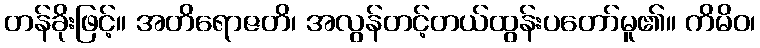
တန်ခိုးဖြင့်။ အတိရောဇတိ၊ အလွန်တင့်တယ်ထွန်းပတော်မူ၏။ ကိမိဝ၊